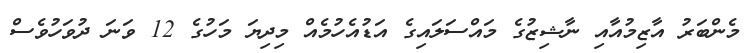
މެންބަރު އާޒިމުއާއި ނާޝިޒުގެ މައްސަލައިގެ އަޑުއެހުމެއް މިދިޔަ މަހުގެ 12 ވަނަ ދުވަހުވެސް